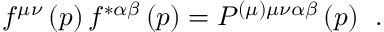
f ^ { \mu \nu } \left( p \right) f ^ { * \alpha \beta } \left( p \right) = P ^ { ( \mu ) \mu \nu \alpha \beta } \left( p \right) \; \, .